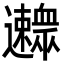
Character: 𨙛